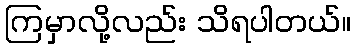
ကြမှာလို့လည်း သိရပါတယ်။